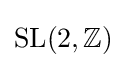
{\rm {SL}}(2,\mathbb {Z} )